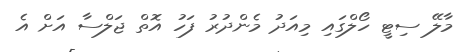
މާލޭ ސިޓީ ހޯލްގައި މިއަދު މެންދުރު ފަހު އޮތް ޖަލްސާ އަށް އެ